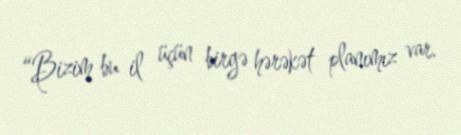
“Bizim bu il üçün birgə hərəkət planımız var.